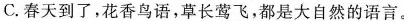
C.春天到了，花香鸟语，草长莺飞，都是大自然的语言。